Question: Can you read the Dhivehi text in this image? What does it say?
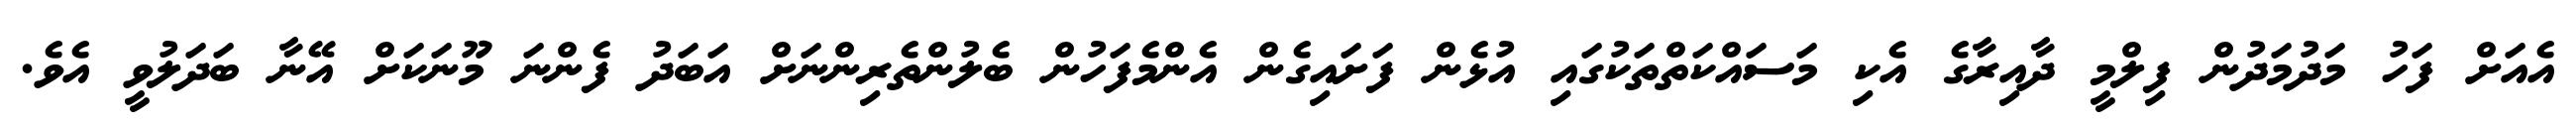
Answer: އެއަށް ފަހު މަދުމަދުން ފިލްމީ ދާއިރާގެ އެކި މަސައްކަތްތަކުގައި އުޅެން ފަށައިގެން އެންމެފަހުން ބެލުންތެރިންނަށް އަބަދު ފެންނަ މޫނަކަށް އޭނާ ބަދަލުވީ އެވެ.